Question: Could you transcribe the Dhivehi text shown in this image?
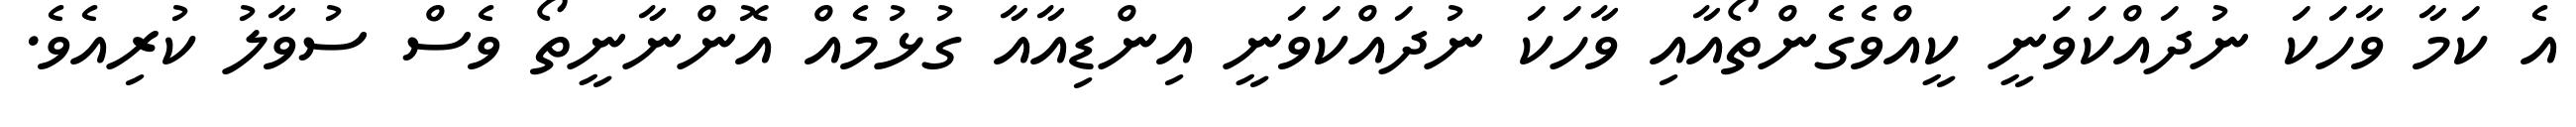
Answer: އެ ކަމާ ވާހަކަ ނުދައްކަވަނީ ކީއްވެގެންތޯއާއި ވާހަކަ ނުދައްކަވަނީ އިންޑިއާއާ ގުޅުމެއް އޮންނާނީތޯ ވެސް ސުވާލު ކުރިއެވެ.